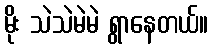
မိုး သဲသဲမဲမဲ ရွာနေတယ်။